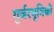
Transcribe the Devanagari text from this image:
गुर्जरभूमिको